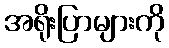
အရိုးပြာများကို